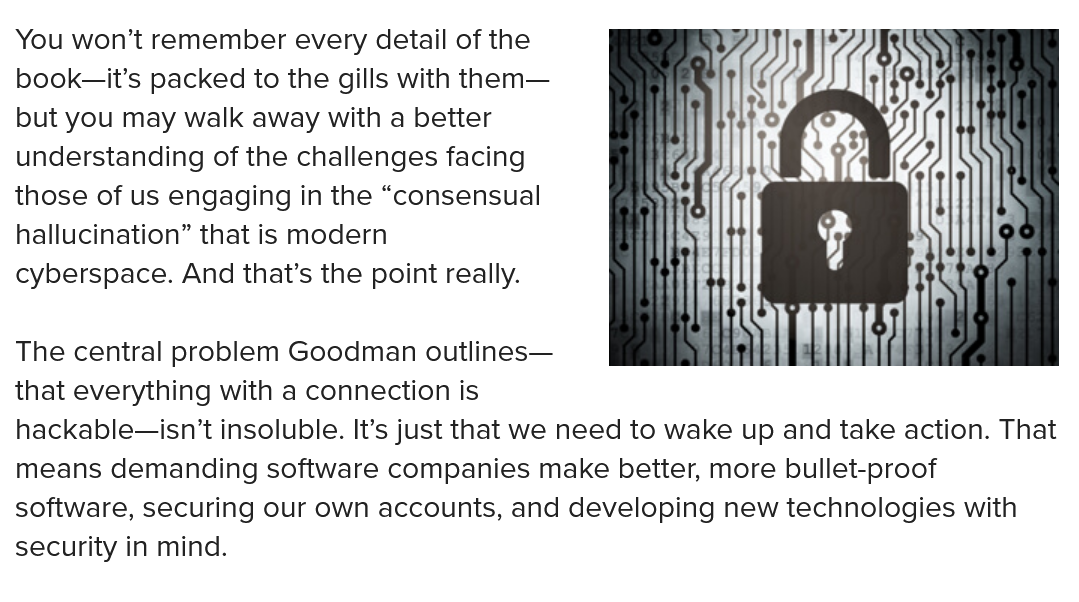
You won’t remember every detail of the
  book—it’s packed to the gills with them—
  but you may walk away with a better
  understanding of the challenges facing
  those of us engaging in the “consensual
  hallucination” that is modern
  cyberspace. And that’s the point really.
  The central problem Goodman outlines—
  i Hel
     LL
  ae
  that everything with a connection is
  hackable—isn’t insoluble. It’s just that we need to wake up and take action. That
  means demanding software companies make better, more bullet-proof
  software, securing our own accounts, and developing new technologies with
  security in mind.